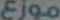
موزع